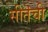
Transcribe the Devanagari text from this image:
सीतॆची